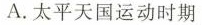
A.太平天国运动时期